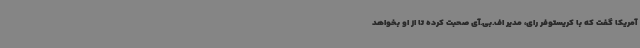
آمریکا گفت که با کریستوفر رای، مدیر اف.بی.آی صحبت کرده تا از او بخواهد